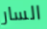
السار